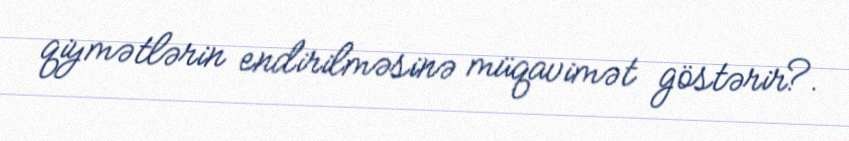
qiymətlərin endirilməsinə müqavimət göstərir?.